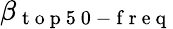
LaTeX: \beta_{\mathrm{~t~o~p~5~0~-~f~r~e~q~}}